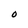
Character: 0